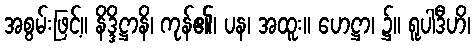
အစွမ်းဖြင့်။ နိဒ္ဒိဋ္ဌာနိ၊ ကုန်၏၊ ပန၊ အထူး။ ဟေဋ္ဌာ၊ ၌။ ရူပါဒီဟိ၊